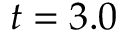
t = 3 . 0